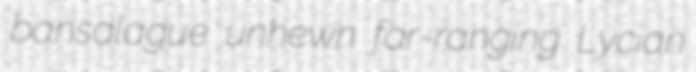
bansalague unhewn far-ranging Lycian